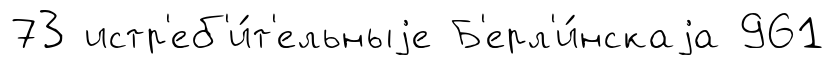
73 истр'еб'и́т'ельныjе Б'ерл'и́нскаjа 961